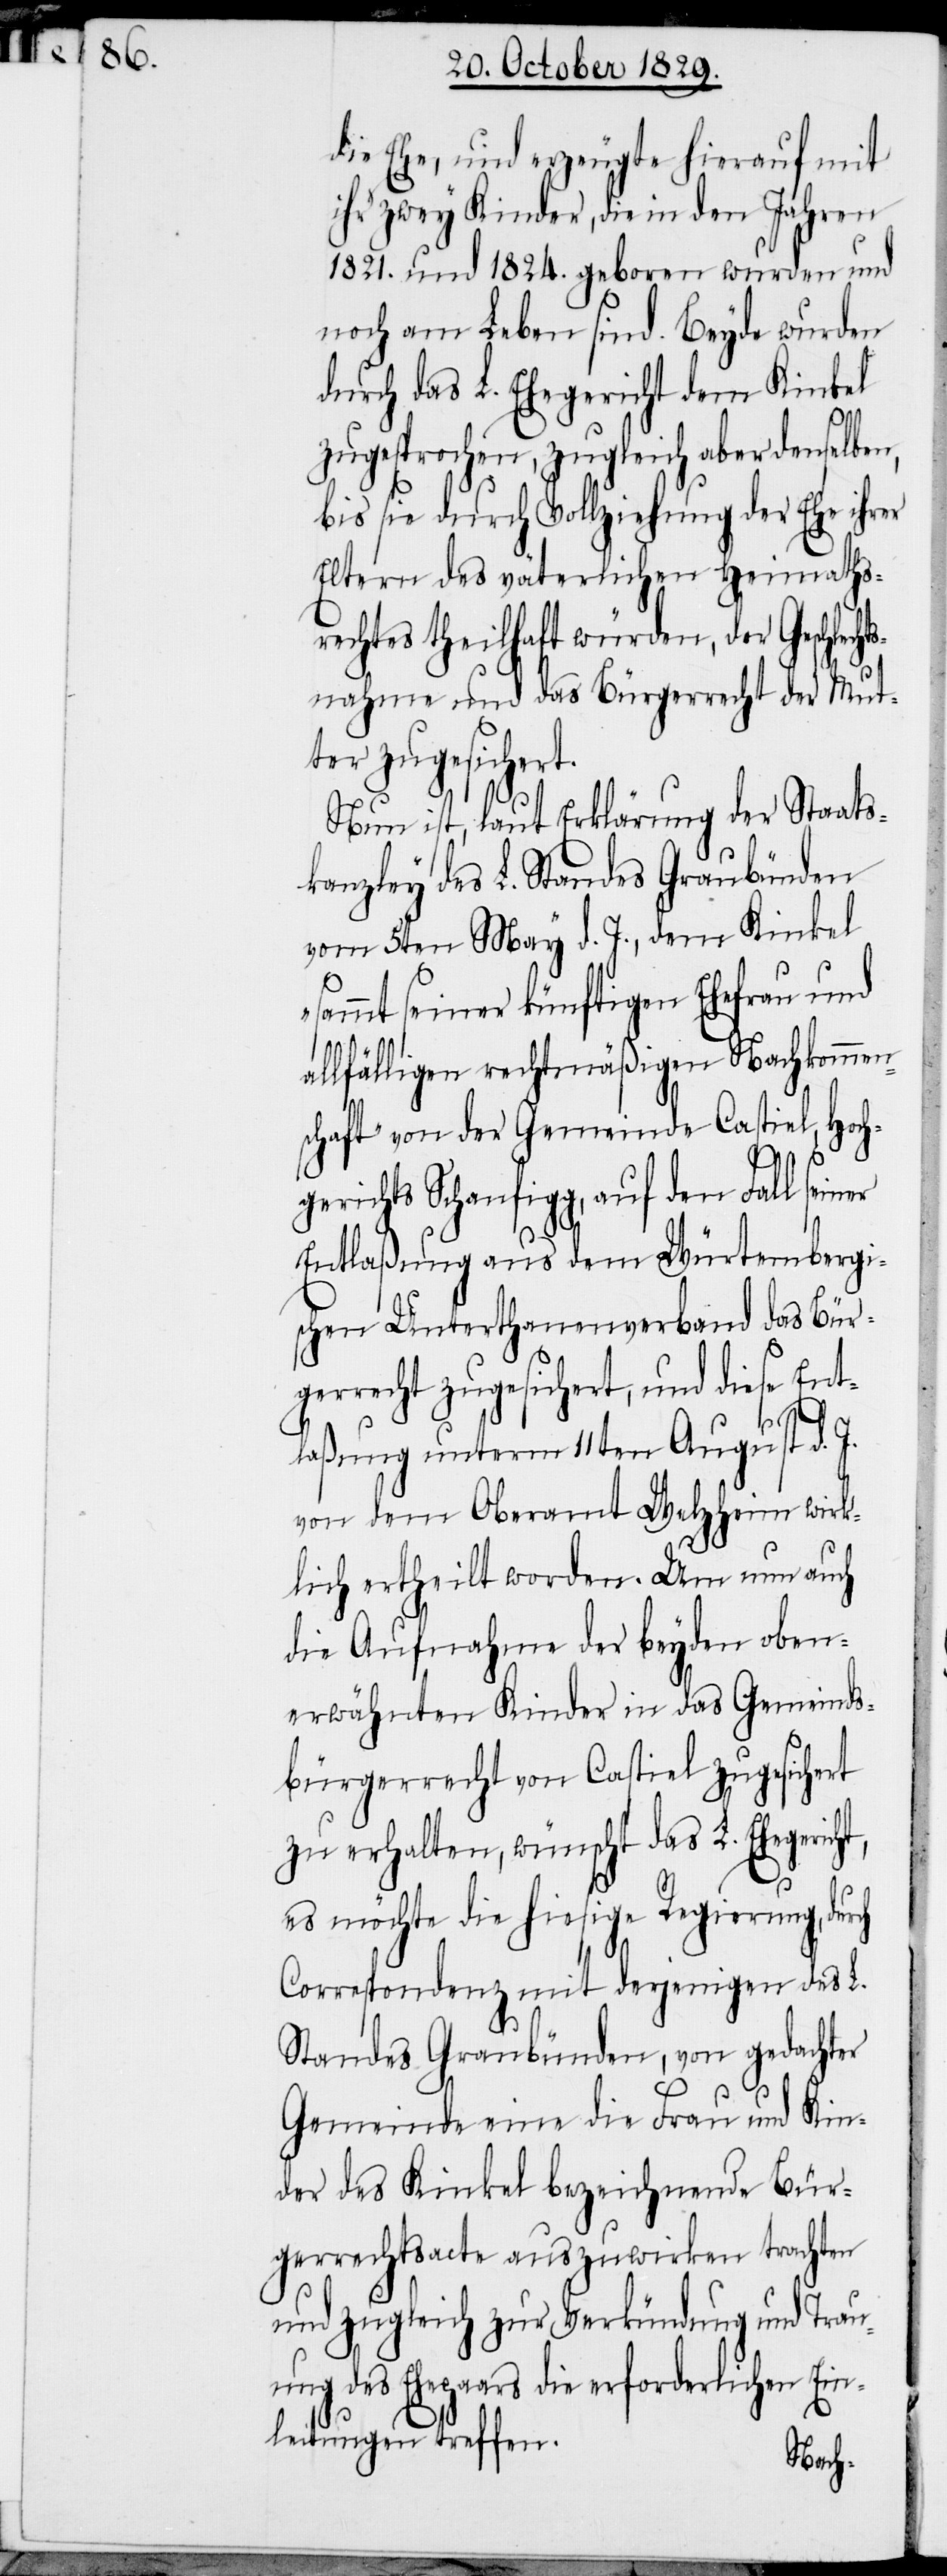
die Ehe, und erzeugte hierauf mit
ihr zwey Kinder, die in den Jahren
1821. und 1824. geboren wurden und
noch am Leben sind. Beyde wurden
durch das L. Ehegericht dem Kinkel
ch
zugesprochen, zugleich aber denselben,
bis sie durch Vollziehung der Ehe ihrer
Eltern des väterlichen Heimaths¬
rechtes theilhaft würden, der Geschlecht¬
snahme und das Bürgerrecht der Mut¬
ter zugesicher¬
Nun ist, laut Erklärung der Staats¬
kanzley des L. Standes Graubünden
vom 5ten May d. J., dem Kinkel
ammt seiner künftigen Ehefrau und
allfälligen rechtmäßigen Nachkommen¬
schaft“ von der Gemeinde Castiel, Hoch¬
„S¬
gerichts Schanfigg, auf den Fall seiner
Entlaßung aus dem Würtembergi¬
schen Unterthanenverband das Bür¬
gerrecht zugesichert, und diese Ent¬
laßung unterm 11ten August d. J.
von dem Oberamt Welzheim wirk¬
lich ertheilt worden. Um nun auch
die Aufnahme der beyden oben¬
erwähnten Kinder in das Gemeinds¬
bürgerrecht von Castiel zugesichert
zu erhalten, wünscht das L. Ehegerich¬
es möchte die hiesige Regierung, dur¬
Correspondenz mit derjenigen des L.
Standes Graubünden, von gedachter
Gemeinde eine die Frau und Kin¬
der des Kinkel bezeichnende Bür¬
gerrechtsacte auszuwirken trachten
und zugleich zur Verkündung und Trau¬
ung des Ehepaars die erforderlichen Ein¬
leitungen treffen.